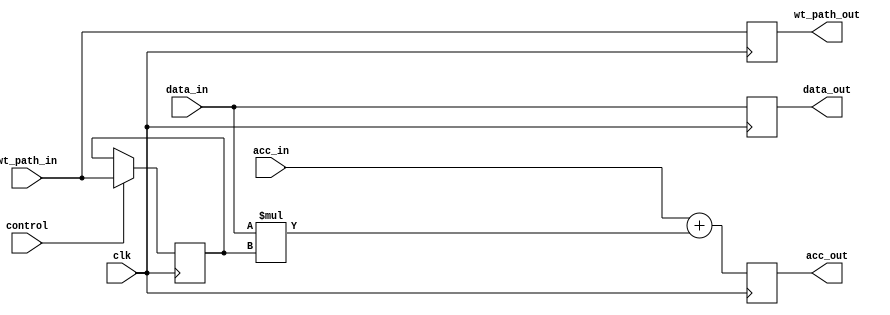
// Code your design here
`timescale 1ns / 1ps

module MAC #(parameter bit_width=8, acc_width=32)(
     clk,
	 control,
	 acc_in,		//a
	 acc_out,	//a+b*c
	 data_in,	//b
	 wt_path_in,		//c
	 data_out,	
	 wt_path_out		
	 );
	 

	 
	input clk;
	input control; // control signal used to indidate if it is weight loading or not
	
	input [acc_width-1:0] acc_in; // accumulation in
	input [bit_width-1:0] data_in;  // data input or activation in
	input [bit_width-1:0] wt_path_in;   // weight data in
	output reg [acc_width-1:0] acc_out;  // accumulation out
	output reg [bit_width-1:0] data_out;    // activation out
	output reg [bit_width-1:0] wt_path_out;		// weight data out
	
  reg [bit_width-1:0] wt_load_d;
  reg [bit_width-1:0] wt_load_q;
  wire [acc_width-1:0] acc_out_d; 
  wire [acc_width-1:0] mult_out; 

	// implement your MAC Unit below
  
  always@(posedge clk) begin
    wt_path_out <= wt_path_in;
    data_out <= data_in;
    acc_out <= acc_out_d;
  end
    

 
 assign mult_out = data_in*wt_load_q;
 assign acc_out_d = acc_in+mult_out;

//  $display(mult_out);
  
  always@(posedge clk) begin
    wt_load_d = control ? wt_path_in : wt_load_q;
    wt_load_q <= wt_load_d;
    
  end
            
endmodule